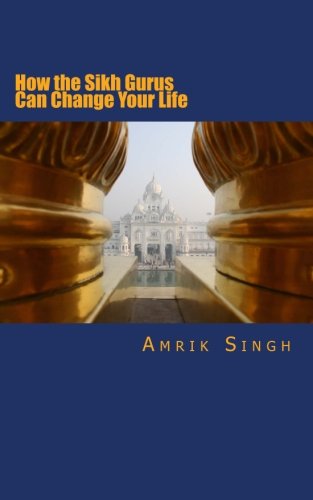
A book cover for How the Sikh Gurus Can Change Your Life; Amrik Singh; Religion & Spirituality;